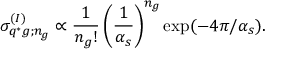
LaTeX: \sigma _ { q ^ { * } g ; n _ { g } } ^ { ( I ) } \propto \frac { 1 } { n _ { g } ! } \left( \frac { 1 } { \alpha _ { s } } \right) ^ { n _ { g } } \exp ( - 4 \pi / \alpha _ { s } ) .